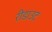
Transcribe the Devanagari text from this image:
रीडाउट